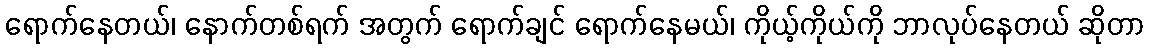
ရောက်နေတယ်၊ နောက်တစ်ရက် အတွက် ရောက်ချင် ရောက်နေမယ်၊ ကိုယ့်ကိုယ်ကို ဘာလုပ်နေတယ် ဆိုတာ